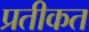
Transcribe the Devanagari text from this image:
प्रतीकत